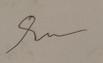
Signature authenticity: forged